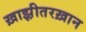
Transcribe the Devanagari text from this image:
ख़ाझ़ीतरख़ान